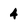
Character: 4